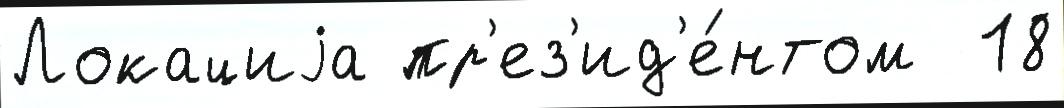
Локациjа пр'ез'ид'е́нтом  18